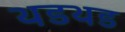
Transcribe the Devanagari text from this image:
थडथड